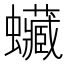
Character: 𧕨